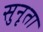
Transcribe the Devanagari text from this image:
सुनृता